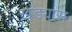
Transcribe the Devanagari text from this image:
खंड्यास